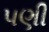
પણી